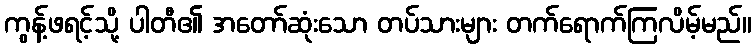
ကွန့်ဖရင့်သို့ ပါတီ၏ အတော်ဆုံးသော တပ်သားများ တက်ရောက်ကြလိမ့်မည်။